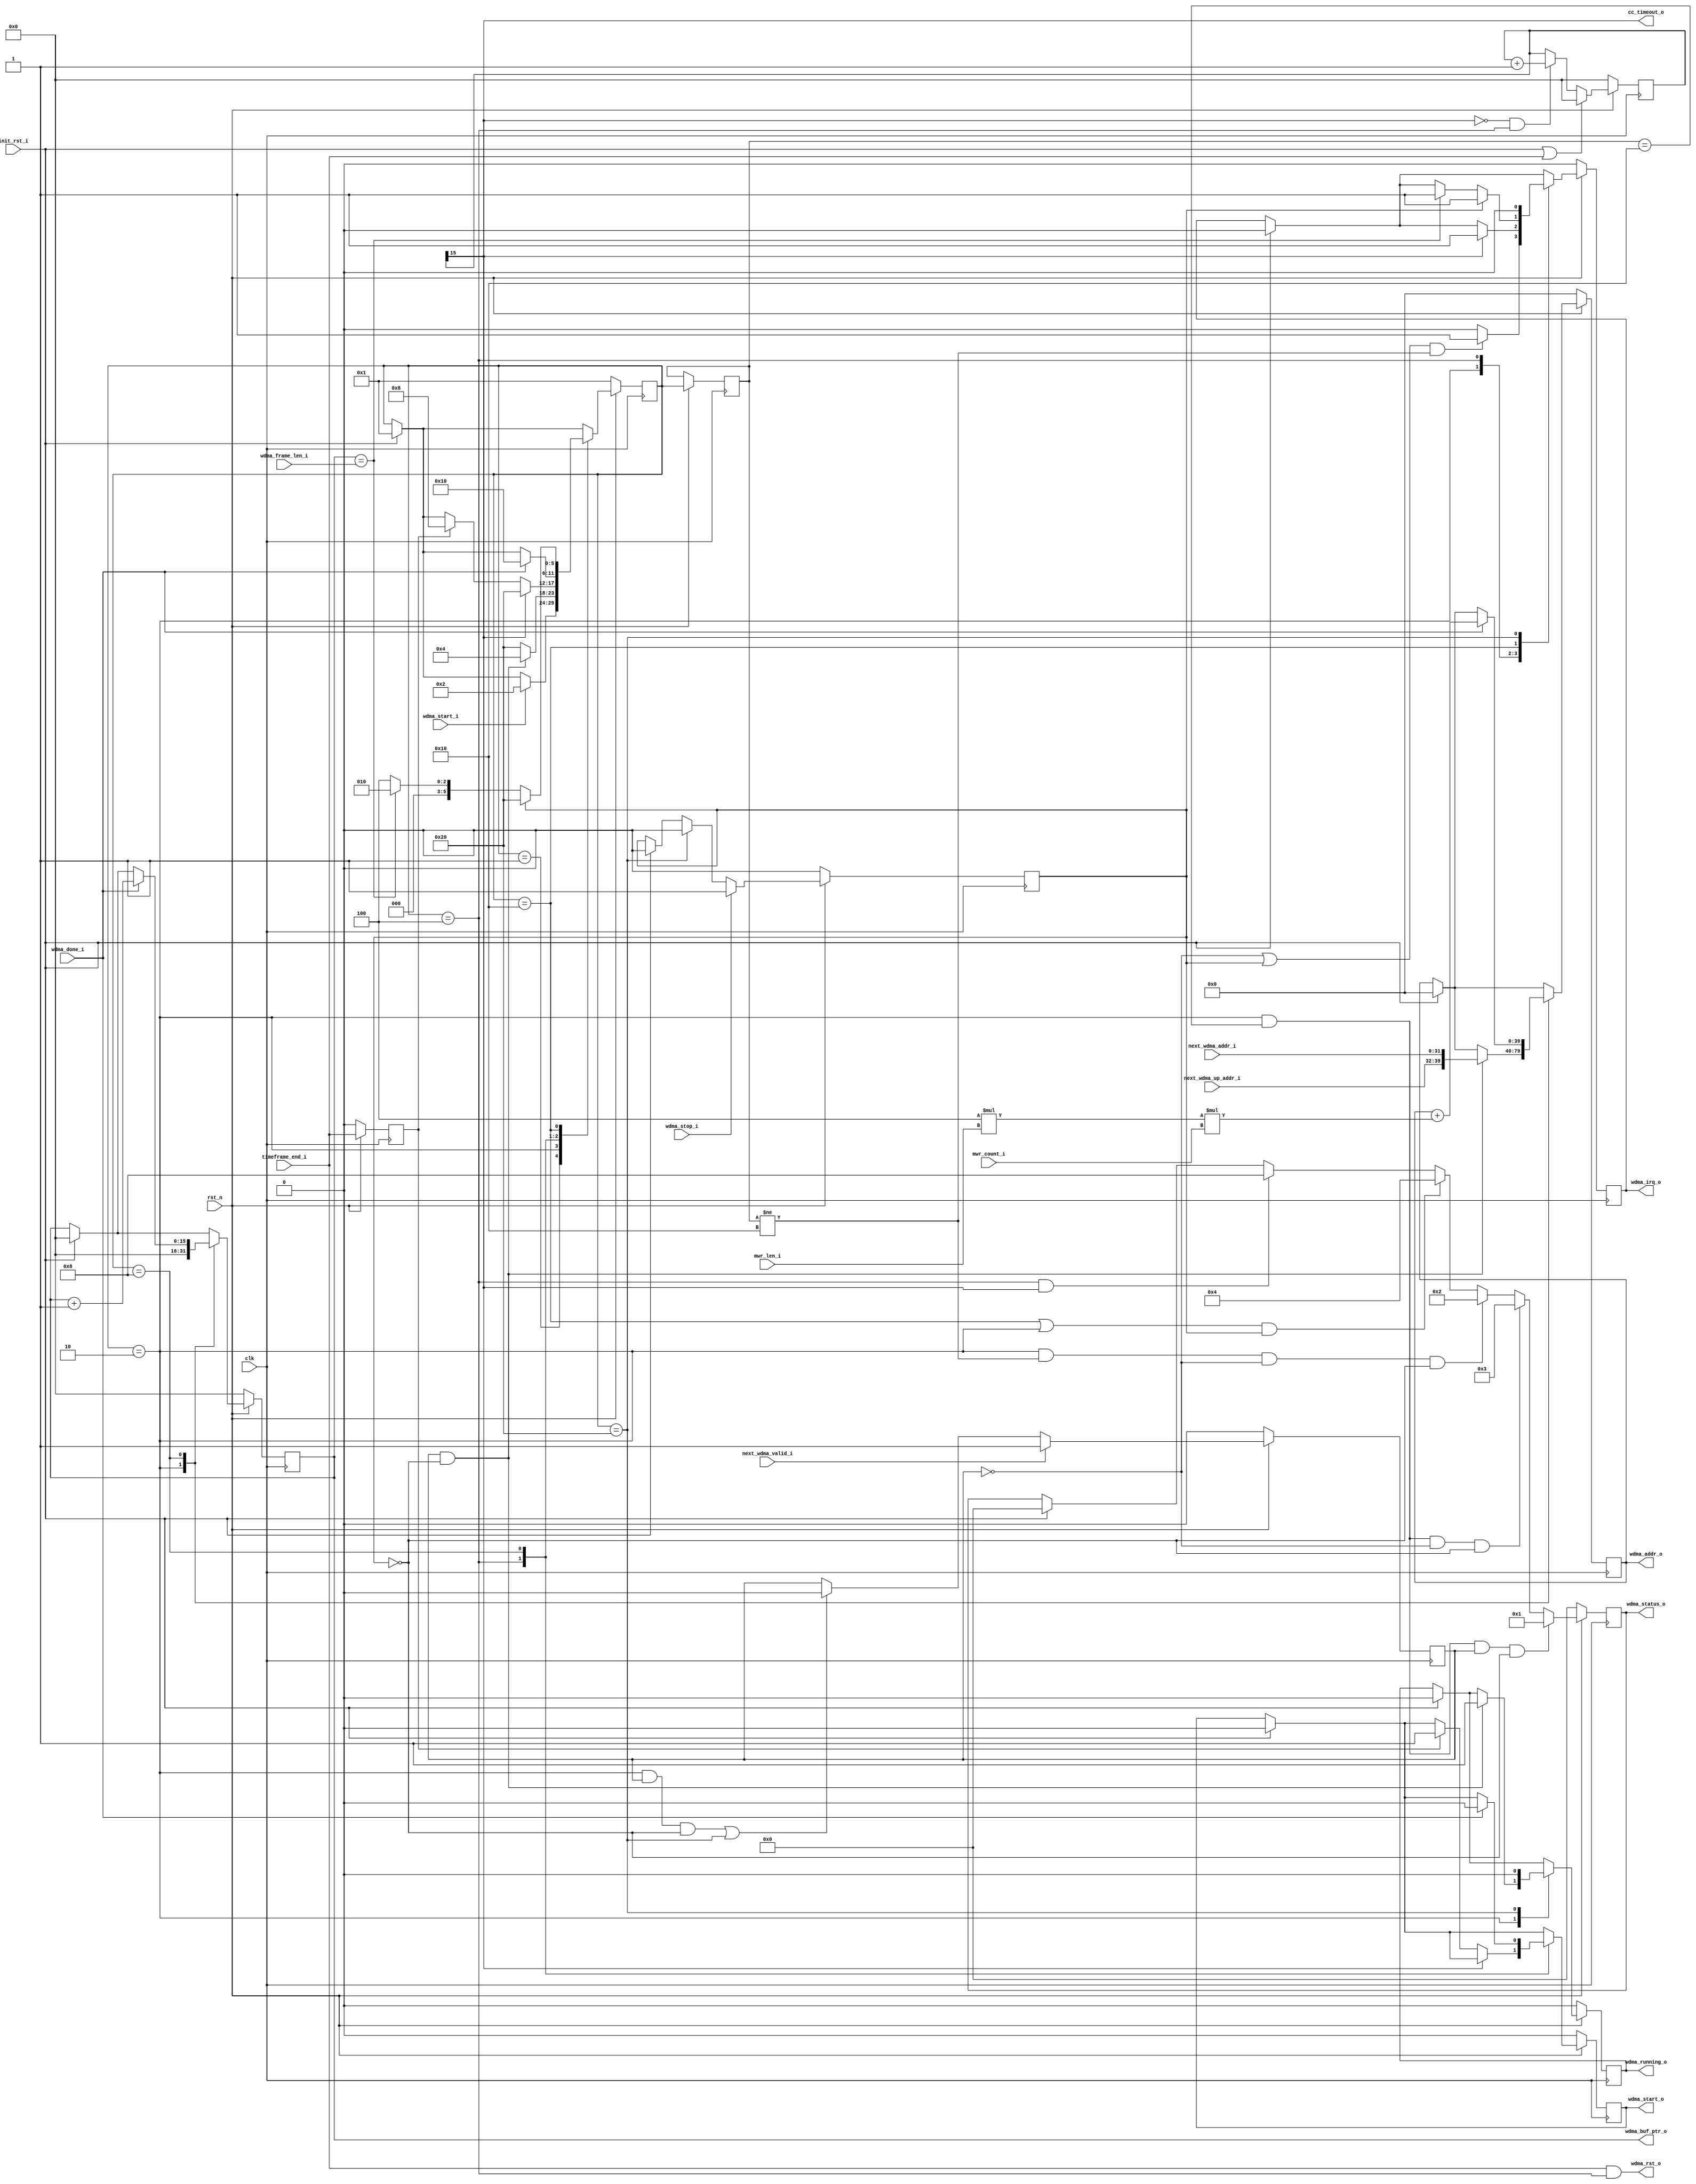
`timescale 1ns/1ns

`define WDMA_IDLE               6'h01
`define WDMA_LOAD               6'h02
`define WDMA_WAIT_CC            6'h04
`define WDMA_DOING_DMA          6'h08
`define WDMA_CHECK              6'h10
`define WDMA_STOPPED            6'h20

module BMD_64_RWDMA_FSM (
    // Clocks and resets
    clk,
    rst_n,
    init_rst_i,
    wdma_rst_o,

    // TLP status interface
    mwr_len_i,
    mwr_count_i,

    // DMA Engine interface
    wdma_start_o,
    wdma_addr_o,
    wdma_done_i,
    wdma_irq_o,

    // FSM control interface
    next_wdma_addr_i,
    next_wdma_up_addr_i,
    next_wdma_valid_i,
    wdma_start_i,
    wdma_stop_i,
    wdma_running_o,
    wdma_frame_len_i,

    // CC interface
    timeframe_end_i,

    // WDMA status
    wdma_buf_ptr_o,
    wdma_status_o,
    cc_timeout_o
);

input           clk;
input           rst_n;
input           init_rst_i;
output          wdma_rst_o;

input  [9:0]    mwr_len_i;
input  [15:0]   mwr_count_i;

output          wdma_start_o;
output [39:0]   wdma_addr_o;
input           wdma_done_i;
output          wdma_irq_o;

input  [31:0]   next_wdma_addr_i;
input  [7:0]    next_wdma_up_addr_i;
input           next_wdma_valid_i;
input           wdma_start_i;
input           wdma_stop_i;
output          wdma_running_o;
input  [15:0]   wdma_frame_len_i;

input           timeframe_end_i;

output [15:0]   wdma_buf_ptr_o;
output [3:0]    wdma_status_o;
output          cc_timeout_o;

reg    [39:0]   wdma_addr_o;
reg             wdma_irq_o;
reg             wdma_start_o;
reg             wdma_running_o;
reg    [3:0]    wdma_status_o;

/*
 * Registers
 */
reg             timeframe_end_prev;
reg [15:0]      wdma_buf_cnt;
reg [5:0]       wdma_state;
reg [5:0]       wdma_state_prev;

/*
 * Local wires
 */

/* CC frame size in bytes to be DMAed */
wire [31:0]     wdma_frame_size  = 4 * mwr_len_i * mwr_count_i;

/* Buffer length in number of frames, each frame is 2Kbytes */
wire [15:0]     wdma_buf_size = wdma_frame_len_i[15:0];

wire            wdma_rst_o = timeframe_end_i && (wdma_state == `WDMA_WAIT_CC);
/* Write pointer value to user app */
wire [15:0]     wdma_buf_ptr_o = wdma_buf_cnt;

reg         next_wdma_valid;
reg         wdma_stop;
reg [15:0]  cnt_16bit;
wire        cc_timeout_o = cnt_16bit[15];

always @ (posedge clk)
begin
    if (!rst_n) begin
        cnt_16bit = 0;
    end
    else begin

        if (init_rst_i || timeframe_end_i)
            cnt_16bit = 0;
        else if (!cnt_16bit[15] && wdma_state == `WDMA_WAIT_CC)
            cnt_16bit = cnt_16bit + 1;
    end
end

always @ (posedge clk)
begin
    if (!rst_n) begin
        wdma_state <= `WDMA_IDLE;
        timeframe_end_prev <= 1'b0;
        wdma_addr_o <= 40'h0;
        wdma_irq_o <= 1'b0;
        wdma_start_o <= 1'b0;
        wdma_buf_cnt <=  16'h0;
        next_wdma_valid <= 1'b0;
        wdma_running_o <= 1'b0;
        wdma_status_o <= 4'b0000;
        wdma_stop <= 1'b0;
    end
    else begin

        if (init_rst_i) begin
            wdma_state <= `WDMA_IDLE;
            wdma_state_prev <= `WDMA_IDLE;
            wdma_addr_o <= 40'h0;
            wdma_irq_o <= 1'b0;
            wdma_start_o <= 1'b0;
            wdma_buf_cnt <=  16'h0;
            wdma_running_o <= 1'b0;
            wdma_status_o <= 4'b0000;
            wdma_stop <= 1'b0;
        end

        wdma_state_prev <= wdma_state;

        /* Extra FF for clock domain crossing */
        timeframe_end_prev <= timeframe_end_i;

        if (next_wdma_valid_i)
            next_wdma_valid <= 1'b1;
        else if ((wdma_state == `WDMA_LOAD && next_wdma_valid && !wdma_stop)
                        || wdma_state == `WDMA_STOPPED)
            next_wdma_valid <= 1'b0;

        if (wdma_stop_i)
            wdma_stop <= 1'b1;
        else if (wdma_state == `WDMA_STOPPED)
            wdma_stop <= 1'b0;

        case (wdma_state)
            `WDMA_IDLE : begin
                if (wdma_start_i)
                    wdma_state <= `WDMA_LOAD;
            end

            `WDMA_LOAD : begin
                wdma_buf_cnt <= 16'h0;
                if (next_wdma_valid && !wdma_stop) begin
                    wdma_state <= `WDMA_WAIT_CC;
                    wdma_addr_o <= {next_wdma_up_addr_i, next_wdma_addr_i};
                    wdma_running_o <= 1'b1;
                end
                else begin
                    wdma_state <= `WDMA_STOPPED;
                end

                if ((!next_wdma_valid || wdma_stop) && wdma_state_prev != `WDMA_CHECK)
                    wdma_irq_o <= 1'b1;
                else
                    wdma_irq_o <= 1'b0;
            end

            `WDMA_WAIT_CC : begin
                if (cc_timeout_o) begin
                    wdma_state <= `WDMA_STOPPED;
                    wdma_irq_o <= 1'b1;
                end
                else if (timeframe_end_prev) begin
                    wdma_start_o <= 1'b1;
                    wdma_state <= `WDMA_DOING_DMA;
                end
            end

            `WDMA_DOING_DMA : begin
                if (wdma_done_i) begin
                    wdma_start_o <= 1'b0;
                    wdma_addr_o <= wdma_addr_o + wdma_frame_size;
                    wdma_buf_cnt <=  wdma_buf_cnt + 1;
                    wdma_state <= `WDMA_CHECK;
                end
            end

            `WDMA_CHECK : begin
                if (wdma_stop) begin
                    wdma_state <= `WDMA_STOPPED;
                    wdma_irq_o <= 1'b1;
                end
                else if (wdma_buf_cnt == wdma_buf_size) begin
                    wdma_irq_o <= 1'b1;
                    wdma_state <= `WDMA_LOAD;
                end
                else
                    wdma_state <= `WDMA_WAIT_CC;
            end

            `WDMA_STOPPED : begin
                wdma_irq_o <= 1'b0;
                wdma_running_o <= 1'b0;
            end

        endcase

        /* Status information on IRQ */
        /* Completed the dma, and next dma is in progress */
        if (wdma_state == `WDMA_LOAD && wdma_state_prev == `WDMA_CHECK && next_wdma_valid && !wdma_stop)
            wdma_status_o <= 4'b0001;
        /* Completed the dma, next dma is not valid */
        else if (wdma_state == `WDMA_LOAD && wdma_state_prev == `WDMA_CHECK && !next_wdma_valid && !wdma_stop)
            wdma_status_o <= 4'b0011;
        /* No dma taken place, next dma is not valid */
        else if (wdma_state == `WDMA_LOAD && wdma_state_prev != `WDMA_CHECK && !next_wdma_valid && !wdma_stop)
            wdma_status_o <= 4'b0010;
        /* User intervention for stop */
        else if ((wdma_state == `WDMA_CHECK || wdma_state == `WDMA_LOAD) && wdma_stop)
            wdma_status_o <= 4'b0100;
        /* Communication Controller timed out (no incoming data for 300us) */
        else if (wdma_state == `WDMA_WAIT_CC && cc_timeout_o)
            wdma_status_o <= 4'b1000;

    end
end

/*
 * Chipscope Interface
 */
//wire [35:0]     control0;
//wire [255:0]    data;
//wire [7:0]      trig;
//
//icon i_icon (
//    .control0                   ( control0                  )
//);
//
//ila i_ila (
//    .control                    ( control0                  ),
//    .clk                        ( clk                       ),
//    .data                       ( data                      ),
//    .trig0                      ( trig                      )
//);
//
//assign trig[0] = init_rst_i;
//assign trig[1] = wdma_start_o;
//assign trig[2] = timeframe_end;
//
//assign data[0] = init_rst_i;
//assign data[1] = wdma_start_o;
//assign data[2] = timeframe_end_i;
//assign data[3] = timeframe_end;
//assign data[4] = cc_timeout_o;
//assign data[10:5] = wdma_state;
//assign data[14:11] = wdma_status_o;

//assign data[31:0] = wdma_addr_o[31:0];
//assign data[63:32] = next_wdma_addr_i;
//assign data[79:64] = wdma_buf_size;
//assign data[95:80] = wdma_buf_cnt;
//assign data[101:96] = wdma_state;
//assign data[102] = wdma_start_o;
//assign data[103] = wdma_done_i;
//assign data[104] = wdma_irq_o;
//assign data[105] = init_rst_i;
//assign data[106] = cc_timeout_o;
//assign data[107] = wdma_stop;
//assign data[108] = wdma_start_i;
//assign data[109] = next_wdma_valid_i;
//assign data[110] = next_wdma_valid;
//assign data[114:111] = wdma_status_o;
//assign data[122:115] = next_wdma_up_addr_i;

endmodule